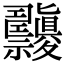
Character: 𥜹